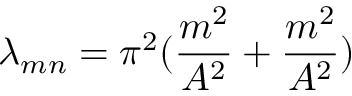
\lambda _ { m n } = \pi ^ { 2 } ( { \frac { m ^ { 2 } } { A ^ { 2 } } } + { \frac { m ^ { 2 } } { A ^ { 2 } } } )